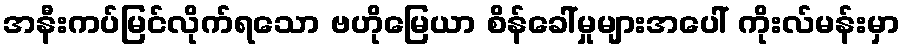
အနီးကပ်မြင်လိုက်ရသော ဗဟိုမြေယာ စိန်ခေါ်မှုများအပေါ် ကိုးလ်မန်းမှာ